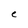
Character: C